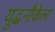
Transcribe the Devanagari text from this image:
युद्धनौकेला